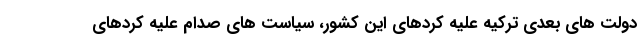
دولت های بعدی ترکیه علیه کردهای این کشور، سیاست های صدام علیه کردهای